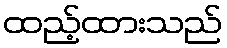
ထည့်ထားသည်